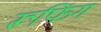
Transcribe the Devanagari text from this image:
रूफिंग